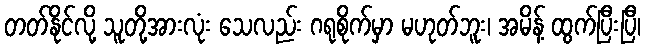
တတ်နိုင်လို့ သူတို့အားလုံး သေလည်း ဂရုစိုက်မှာ မဟုတ်ဘူး၊ အမိန့် ထွက်ပြီးပြီ၊